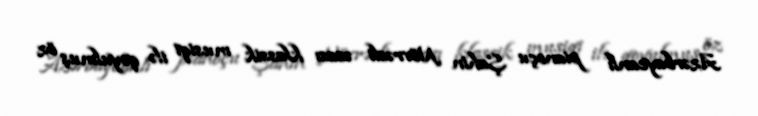
Azərbaycanlı pianoçu Şahin Növrəsli əsası klassik musiqi ilə qoyulmuş öz